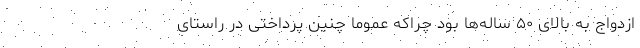
ازدواج به بالای ۵۰ ساله‌ها بود چراکه عموما چنین پرداختی در راستای